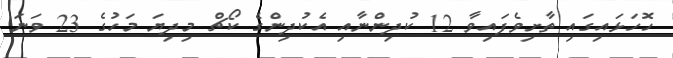
ހޮހަޅައިގައި ތާށިވެފައިވާ 12 ކުދިންނާއި އެކުދިންގެ ކޯޗް މިދިޔަ މަހުގެ 23 ވަނަ